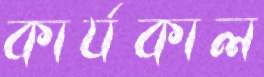
কার্যকাল